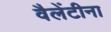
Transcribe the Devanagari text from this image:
वैलेंटीना